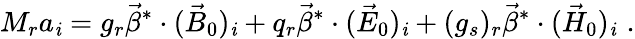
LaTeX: M_{r}a_{\mathit{i}}=g_{r}\vec{{\beta}}^{*}\cdot(\vec{{B}}_{0})_{\mathit{i}}+q_{r}\vec{{\beta}}^{*}\cdot(\vec{{E}}_{0})_{\mathit{i}}+(g_{s})_{r}\vec{{\beta}}^{*}\cdot(\vec{{H}}_{0})_{\mathit{i}}\, \, .